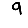
Digit: 9